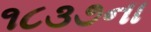
૧૮૩૭ના